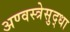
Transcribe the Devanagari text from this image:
अण्वस्त्रेसुद्धा